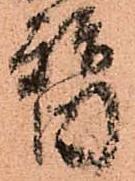
替